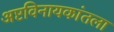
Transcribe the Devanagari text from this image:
अष्टविनायकांतला